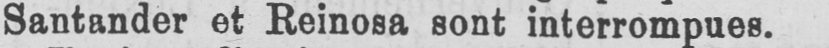
Santander et Reinosa sont interrompues.